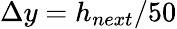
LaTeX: \Delta y=h_{next}/50